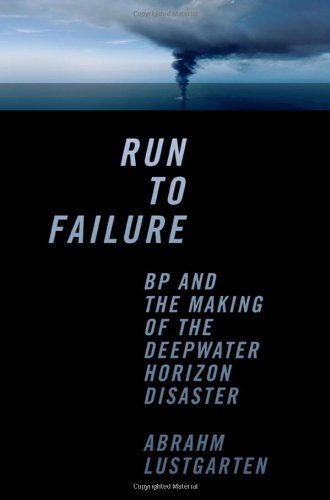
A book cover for Run to Failure: BP and the Making of the Deepwater Horizon Disaster; Abrahm Lustgarten; Business & Money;